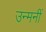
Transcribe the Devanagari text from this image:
उन्मनीं